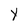
Character: Y